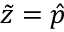
\tilde { z } = \hat { p }